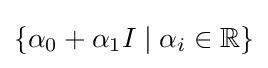
\{\alpha _{0}+\alpha _{1}I\mid \alpha _{i}\in \mathbb {R} \}